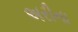
અરીના